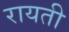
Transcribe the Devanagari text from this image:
रायती